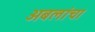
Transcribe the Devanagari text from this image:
अबलांचा